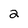
Character: 2